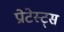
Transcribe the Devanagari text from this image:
प्रोटेस्ट्स